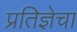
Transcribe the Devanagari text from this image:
प्रतिज्ञेचा